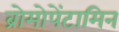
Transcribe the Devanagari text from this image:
ब्रोमोपेंटामिन